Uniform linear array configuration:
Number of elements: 24
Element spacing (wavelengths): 0.25
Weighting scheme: binomial
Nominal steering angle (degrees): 60
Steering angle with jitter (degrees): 59.823
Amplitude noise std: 0.05
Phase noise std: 0.05

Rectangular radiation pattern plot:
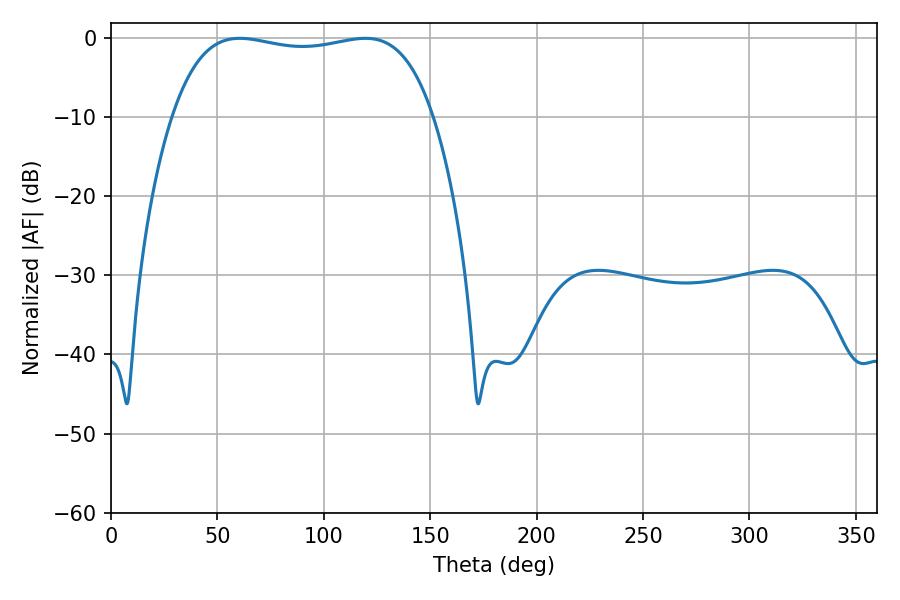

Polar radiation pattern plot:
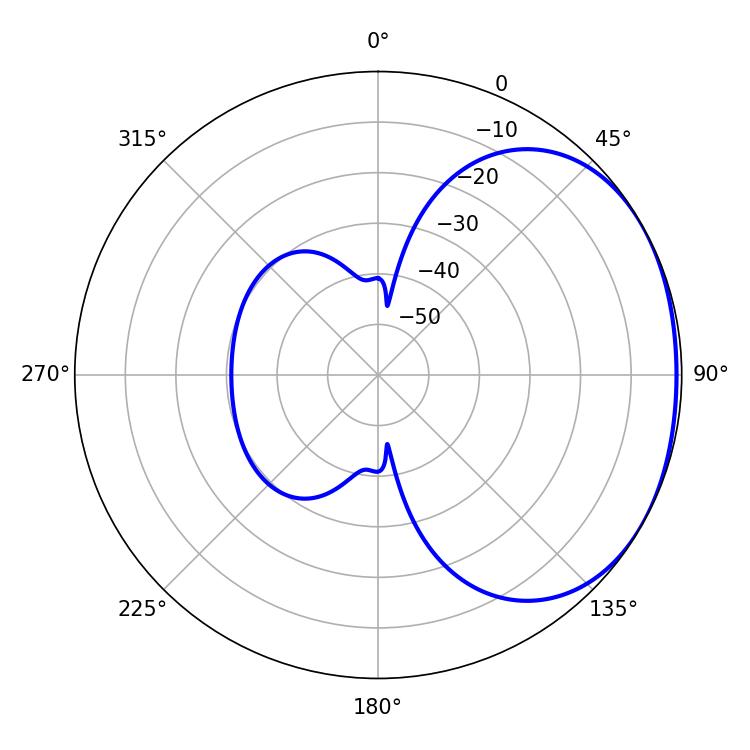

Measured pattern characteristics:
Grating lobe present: FALSE
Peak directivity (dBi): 1.58
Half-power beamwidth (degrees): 98.64
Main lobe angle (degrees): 60.48